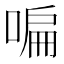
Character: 𠷨